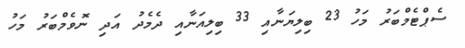
ސެޕްޓެމްބަރު މަހު 23 ބިލިޔަނާއި 33 ބިލިއަނާއި ދެމެދު އަދި ނޮވެމްބަރު މަހު